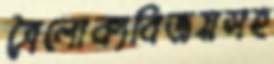
ত্রৈলোক্যবিজয়সহ